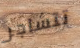
تتشاجر